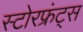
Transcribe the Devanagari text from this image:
स्टोरफ्रंट्स